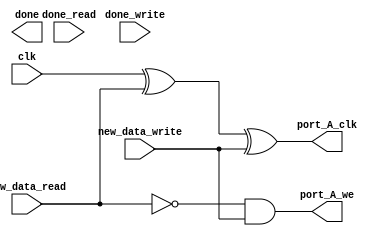
module mem_interface (output  port_A_clk,
// clock to dpsram (drive this with the input clk)

output  port_A_we,
// read/write selector for dpsram
input done_read,
input new_data_read,
input done_write,
input new_data_write,
output done,
input clk);

assign port_A_clk = clk ^ new_data_read ^ new_data_write;
assign port_A_we = ~new_data_read&new_data_write;
always @ (clk)
begin
end

endmodule